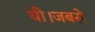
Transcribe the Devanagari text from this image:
थी।जबसे